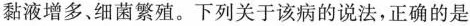
黏液增多、细菌繁殖。下列关于该病的说法，正确的是